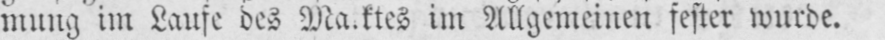
im Allgemeinen fester wurde.